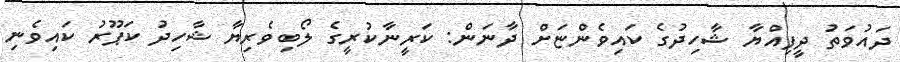
ދައުވަތު ދީފިއްޔާ ޝާހިދުގެ ކައިވެންޏަށް ދާނަން: ކަރީނާކުރީގެ ލޯބިވެރިޔާ ޝާހިދު ކަޕޫރު ކައިވެނި